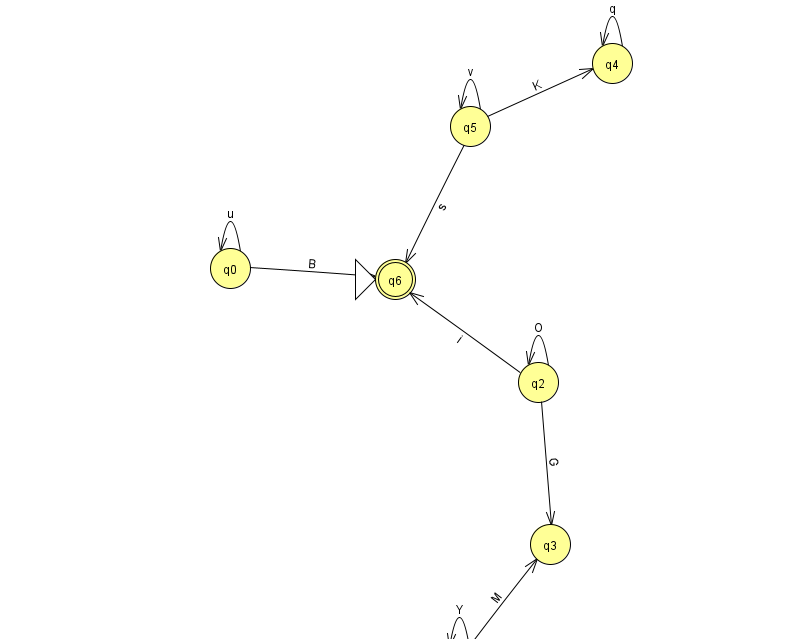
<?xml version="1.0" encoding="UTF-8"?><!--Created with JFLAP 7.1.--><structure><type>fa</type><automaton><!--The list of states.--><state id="0" name="q0"><x>230.0</x><y>255.0</y></state><state id="1" name="q1"><x>459.0</x><y>651.0</y></state><state id="2" name="q2"><x>538.0</x><y>369.0</y></state><state id="3" name="q3"><x>550.0</x><y>531.0</y></state><state id="4" name="q4"><x>612.0</x><y>50.0</y></state><state id="5" name="q5"><x>470.0</x><y>113.0</y></state><state id="6" name="q6"><x>395.0</x><y>266.0</y><initial/><final/></state><!--The list of transitions.--><transition><from>4</from><to>4</to><read>q</read></transition><transition><from>1</from><to>3</to><read>M</read></transition><transition><from>0</from><to>0</to><read>u</read></transition><transition><from>5</from><to>5</to><read>v</read></transition><transition><from>1</from><to>1</to><read>Y</read></transition><transition><from>2</from><to>6</to><read>i</read></transition><transition><from>5</from><to>4</to><read>K</read></transition><transition><from>2</from><to>3</to><read>G</read></transition><transition><from>0</from><to>6</to><read>B</read></transition><transition><from>2</from><to>2</to><read>O</read></transition><transition><from>5</from><to>6</to><read>s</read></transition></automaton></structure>